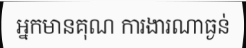
អ្នកមានគុណ ការងារណាធ្ងន់